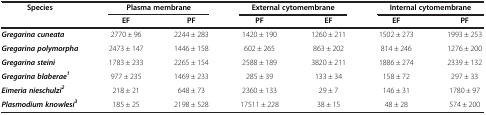
<table><thead><tr><td rowspan="2"><b>Species</b></td><td colspan="2"><b>Plasma membrane</b></td><td colspan="2"><b>External cytomembrane</b></td><td colspan="2"><b>Internal cytomembrane</b></td></tr><tr><td><b>EF</b></td><td><b>PF</b></td><td><b>PF</b></td><td><b>EF</b></td><td><b>EF</b></td><td><b>PF</b></td></tr></thead><tbody><tr><td><b><i>Gregarina cuneata</i></b></td><td>2770 ± 96</td><td>2244 ± 283</td><td>1420 ± 190</td><td>1260 ± 211</td><td>1502 ± 273</td><td>1993 ± 253</td></tr><tr><td><b><i>Gregarina polymorpha</i></b></td><td>2473 ± 147</td><td>1446 ± 158</td><td>602 ± 265</td><td>863 ± 202</td><td>814 ± 246</td><td>1276 ± 200</td></tr><tr><td><b><i>Gregarina steini</i></b></td><td>1783 ± 233</td><td>2265 ± 154</td><td>2588 ± 189</td><td>3820 ± 211</td><td>1886 ± 274</td><td>2339 ± 132</td></tr><tr><td><b><i>Gregarina blaberae</i></b><sup><b><i>1</i></b></sup></td><td>977 ± 235</td><td>1469 ± 233</td><td>285 ± 39</td><td>133 ± 34</td><td>158 ± 72</td><td>297 ± 33</td></tr><tr><td><b><i>Eimeria nieschulzi</i></b><sup><b><i>2</i></b></sup></td><td>218 ± 21</td><td>648 ± 73</td><td>2360 ± 133</td><td>29 ± 7</td><td>146 ± 31</td><td>1780 ± 97</td></tr><tr><td><b><i>Plasmodium knowlesi</i></b><sup><b><i>3</i></b></sup></td><td>185 ± 25</td><td>2198 ± 528</td><td>17511 ± 228</td><td>38 ± 15</td><td>48 ± 28</td><td>574 ± 200</td></tr></tbody></table>